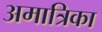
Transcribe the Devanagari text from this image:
अमात्रिका